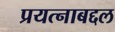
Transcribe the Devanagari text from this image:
प्रयत्नाबद्दल